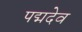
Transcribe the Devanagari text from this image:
पद्मदेव